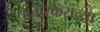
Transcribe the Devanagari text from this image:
चांदोरकरांच्या